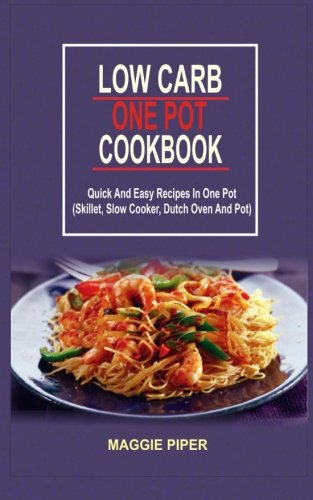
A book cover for Low Carb One Pot Cookbook: Quick And Easy Recipes In One Pot (Skillet, Slow Cooker, Dutch Oven And Pot); Maggie Piper; Cookbooks, Food & Wine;